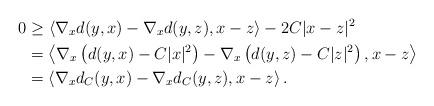
LaTeX: \begin{align*}0&\ge \left\langle \nabla_xd(y,x)-\nabla_xd(y,z),x-z \right\rangle-2C|x-z|^2\\&=\left\langle \nabla_x\left(d(y,x)-C|x|^2\right)-\nabla_x\left(d(y,z)-C|z|^2 \right),x-z\right\rangle\\&=\left\langle \nabla_xd_{C}(y,x)-\nabla_xd_{C}(y,z),x-z\right\rangle.\end{align*}